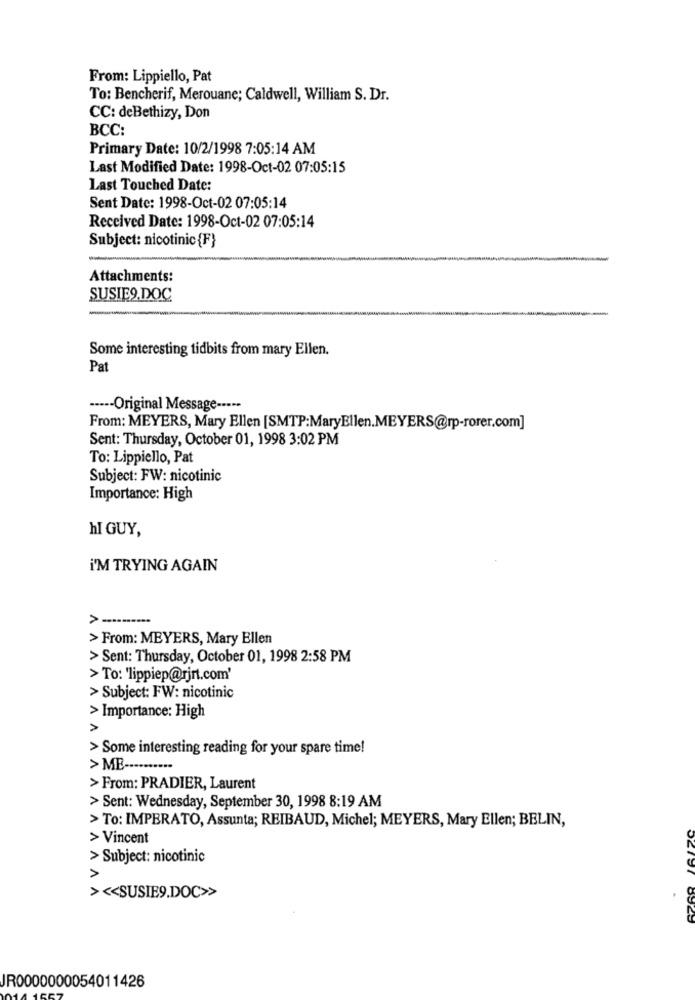
From: Lippiello, Pat
To: Bencherif, Merouane; Caldwell, William S. Dr.
CC: deBethizy, Don
BCC:
Primary Date: 10/2/1998 7:05:14 AM
Last Modified Date: 1998-Oct-02 07:05:15
Last Touched Date:
Sent Date: 1998-Oct-02 07:05:14
Received Date: 1998-Oct-02 07:05:14
Subject: nicotinic{F}
Attachments:
SUSIE9.DOC
Some interesting tidbits from mary Ellen.
Pat
----- Original Message -----
From: MEYERS, Mary Ellen [SMTP:MaryEllen.MEYERS@rp-rorer.com]
Sent: Thursday, October 01, 1998 3:02 PM
To: Lippiello, Pat
Subject: FW: nicotinic
Importance: High
hI GUY,
I'M TRYING AGAIN
>
> From: MEYERS, Mary Ellen
> Sent: Thursday, October 01, 1998 2:58 PM
> To: 'lippiep@rjrt.com'
> Subject: FW: nicotinic
> Importance: High
> Some interesting reading for your spare time!
> ME -.........
> From: PRADIER, Laurent
> Sent: Wednesday, September 30, 1998 8:19 AM
> To: IMPERATO, Assunta; REIBAUD, Michel; MEYERS, Mary Ellen; BELIN,
> Vincent
> Subject: nicotinic
> << SUSIE9.DOC>>
JR0000000054011426